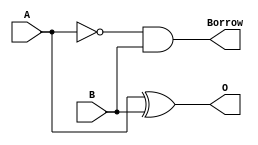
module sub1bit_half(
    input  A,
    input  B,
    output O,
    output Borrow
);

// | A | B | O | B |
// |---|---|---|---|
// | 0 | 0 | 0 | 0 |
// | 0 | 1 | 1 | 1 |
// | 1 | 0 | 1 | 0 |
// | 1 | 1 | 0 | 0 |


assign O = A ^ B;
assign Borrow = (~A) & B;

endmodule